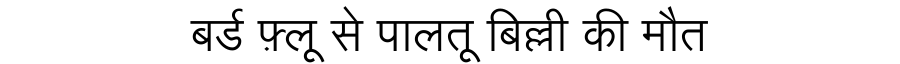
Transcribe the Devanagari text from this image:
बर्ड फ़्लू से पालतू बिल्ली की मौत